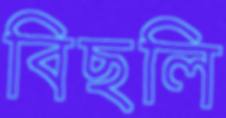
বিছলি